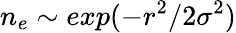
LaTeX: n_{e}\sim exp(-r^{2}/2\sigma^{2})